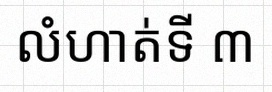
លំហាត់ទី ៣